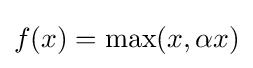
f(x)=\max(x,\alpha x)